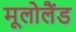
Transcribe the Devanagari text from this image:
मूलोलैंड